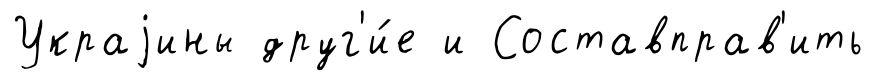
Украjины друг'и́е и Составправ'ить